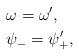
LaTeX: \begin{align*}& \omega=\omega',\\&\psi_-=\psi_+',\end{align*}